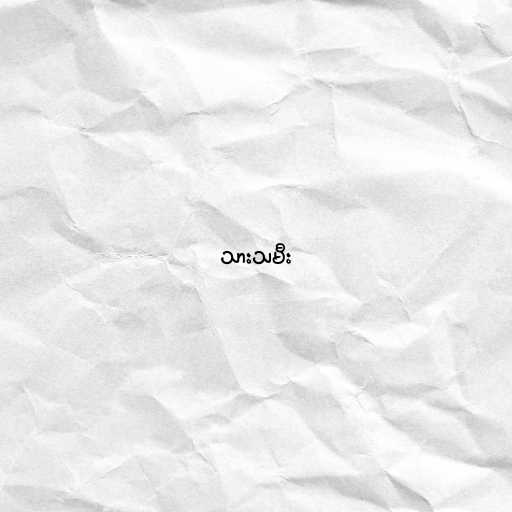
သားသမီး